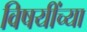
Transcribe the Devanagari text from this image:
विषयींच्या